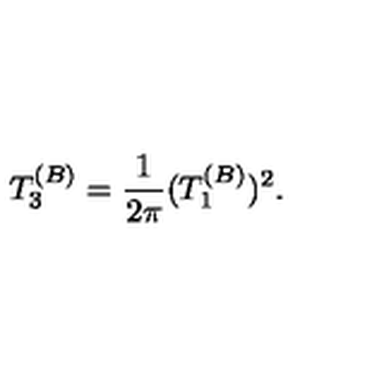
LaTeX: T _ { 3 } ^ { ( B ) } = { \frac { 1 } { 2 \pi } } ( T _ { 1 } ^ { ( B ) } ) ^ { 2 } .